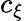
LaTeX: c_{\xi}